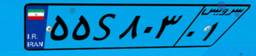
۵۵S۸۰۳۰۱